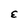
Character: E